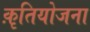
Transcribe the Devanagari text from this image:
क़ृतियोजना